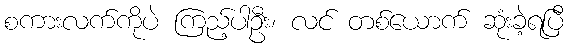
စကားလက်ကိုပဲ ကြည့်ပါဦး၊ လင် တစ်ယောက် ဆုံးခဲ့ရပြီ